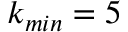
k _ { m i n } = 5